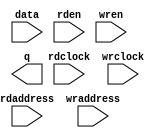
// This program was cloned from: https://github.com/drandyhaas/Haasoscope
// License: MIT License

// megafunction wizard: %RAM: 2-PORT%VBB%
// GENERATION: STANDARD
// VERSION: WM1.0
// MODULE: altsyncram 

// ============================================================
// Megafunction Name(s):
// 			altsyncram
//
// Simulation Library Files(s):
// 			altera_mf
// ============================================================
// ************************************************************
// THIS IS A WIZARD-GENERATED FILE. DO NOT EDIT THIS FILE!
//
// 18.0.0 Build 614 04/24/2018 SJ Lite Edition
// ************************************************************

//Copyright (C) 2018  Intel Corporation. All rights reserved.
//Your use of Intel Corporation's design tools, logic functions 
//and other software and tools, and its AMPP partner logic 
//functions, and any output files from any of the foregoing 
//(including device programming or simulation files), and any 
//associated documentation or information are expressly subject 
//to the terms and conditions of the Intel Program License 
//Subscription Agreement, the Intel Quartus Prime License Agreement,
//the Intel FPGA IP License Agreement, or other applicable license
//agreement, including, without limitation, that your use is for
//the sole purpose of programming logic devices manufactured by
//Intel and sold by Intel or its authorized distributors.  Please
//refer to the applicable agreement for further details.

module lp_ram_dp_2 (
	data,
	rdaddress,
	rdclock,
	rden,
	wraddress,
	wrclock,
	wren,
	q);

	input	[4:0]  data;
	input	[12:0]  rdaddress;
	input	  rdclock;
	input	  rden;
	input	[12:0]  wraddress;
	input	  wrclock;
	input	  wren;
	output	[4:0]  q;
`ifndef ALTERA_RESERVED_QIS
// synopsys translate_off
`endif
	tri1	  rden;
	tri1	  wrclock;
	tri0	  wren;
`ifndef ALTERA_RESERVED_QIS
// synopsys translate_on
`endif

endmodule

// ============================================================
// CNX file retrieval info
// ============================================================
// Retrieval info: PRIVATE: ADDRESSSTALL_A NUMERIC "0"
// Retrieval info: PRIVATE: ADDRESSSTALL_B NUMERIC "0"
// Retrieval info: PRIVATE: BYTEENA_ACLR_A NUMERIC "0"
// Retrieval info: PRIVATE: BYTEENA_ACLR_B NUMERIC "0"
// Retrieval info: PRIVATE: BYTE_ENABLE_A NUMERIC "0"
// Retrieval info: PRIVATE: BYTE_ENABLE_B NUMERIC "0"
// Retrieval info: PRIVATE: BYTE_SIZE NUMERIC "8"
// Retrieval info: PRIVATE: BlankMemory NUMERIC "1"
// Retrieval info: PRIVATE: CLOCK_ENABLE_INPUT_A NUMERIC "0"
// Retrieval info: PRIVATE: CLOCK_ENABLE_INPUT_B NUMERIC "0"
// Retrieval info: PRIVATE: CLOCK_ENABLE_OUTPUT_A NUMERIC "0"
// Retrieval info: PRIVATE: CLOCK_ENABLE_OUTPUT_B NUMERIC "0"
// Retrieval info: PRIVATE: CLRdata NUMERIC "0"
// Retrieval info: PRIVATE: CLRq NUMERIC "0"
// Retrieval info: PRIVATE: CLRrdaddress NUMERIC "0"
// Retrieval info: PRIVATE: CLRrren NUMERIC "0"
// Retrieval info: PRIVATE: CLRwraddress NUMERIC "0"
// Retrieval info: PRIVATE: CLRwren NUMERIC "0"
// Retrieval info: PRIVATE: Clock NUMERIC "1"
// Retrieval info: PRIVATE: Clock_A NUMERIC "0"
// Retrieval info: PRIVATE: Clock_B NUMERIC "0"
// Retrieval info: PRIVATE: IMPLEMENT_IN_LES NUMERIC "0"
// Retrieval info: PRIVATE: INDATA_ACLR_B NUMERIC "0"
// Retrieval info: PRIVATE: INDATA_REG_B NUMERIC "0"
// Retrieval info: PRIVATE: INIT_FILE_LAYOUT STRING "PORT_B"
// Retrieval info: PRIVATE: INIT_TO_SIM_X NUMERIC "0"
// Retrieval info: PRIVATE: INTENDED_DEVICE_FAMILY STRING "MAX 10"
// Retrieval info: PRIVATE: JTAG_ENABLED NUMERIC "0"
// Retrieval info: PRIVATE: JTAG_ID STRING "NONE"
// Retrieval info: PRIVATE: MAXIMUM_DEPTH NUMERIC "0"
// Retrieval info: PRIVATE: MEMSIZE NUMERIC "40960"
// Retrieval info: PRIVATE: MEM_IN_BITS NUMERIC "0"
// Retrieval info: PRIVATE: MIFfilename STRING ""
// Retrieval info: PRIVATE: OPERATION_MODE NUMERIC "2"
// Retrieval info: PRIVATE: OUTDATA_ACLR_B NUMERIC "0"
// Retrieval info: PRIVATE: OUTDATA_REG_B NUMERIC "1"
// Retrieval info: PRIVATE: RAM_BLOCK_TYPE NUMERIC "0"
// Retrieval info: PRIVATE: READ_DURING_WRITE_MODE_MIXED_PORTS NUMERIC "2"
// Retrieval info: PRIVATE: READ_DURING_WRITE_MODE_PORT_A NUMERIC "3"
// Retrieval info: PRIVATE: READ_DURING_WRITE_MODE_PORT_B NUMERIC "3"
// Retrieval info: PRIVATE: REGdata NUMERIC "1"
// Retrieval info: PRIVATE: REGq NUMERIC "0"
// Retrieval info: PRIVATE: REGrdaddress NUMERIC "1"
// Retrieval info: PRIVATE: REGrren NUMERIC "1"
// Retrieval info: PRIVATE: REGwraddress NUMERIC "1"
// Retrieval info: PRIVATE: REGwren NUMERIC "1"
// Retrieval info: PRIVATE: SYNTH_WRAPPER_GEN_POSTFIX STRING "0"
// Retrieval info: PRIVATE: USE_DIFF_CLKEN NUMERIC "0"
// Retrieval info: PRIVATE: UseDPRAM NUMERIC "1"
// Retrieval info: PRIVATE: VarWidth NUMERIC "0"
// Retrieval info: PRIVATE: WIDTH_READ_A NUMERIC "5"
// Retrieval info: PRIVATE: WIDTH_READ_B NUMERIC "5"
// Retrieval info: PRIVATE: WIDTH_WRITE_A NUMERIC "5"
// Retrieval info: PRIVATE: WIDTH_WRITE_B NUMERIC "5"
// Retrieval info: PRIVATE: WRADDR_ACLR_B NUMERIC "0"
// Retrieval info: PRIVATE: WRADDR_REG_B NUMERIC "0"
// Retrieval info: PRIVATE: WRCTRL_ACLR_B NUMERIC "0"
// Retrieval info: PRIVATE: enable NUMERIC "0"
// Retrieval info: PRIVATE: rden NUMERIC "1"
// Retrieval info: LIBRARY: altera_mf altera_mf.altera_mf_components.all
// Retrieval info: CONSTANT: ADDRESS_ACLR_B STRING "NONE"
// Retrieval info: CONSTANT: ADDRESS_REG_B STRING "CLOCK1"
// Retrieval info: CONSTANT: CLOCK_ENABLE_INPUT_A STRING "BYPASS"
// Retrieval info: CONSTANT: CLOCK_ENABLE_INPUT_B STRING "BYPASS"
// Retrieval info: CONSTANT: CLOCK_ENABLE_OUTPUT_B STRING "BYPASS"
// Retrieval info: CONSTANT: INTENDED_DEVICE_FAMILY STRING "MAX 10"
// Retrieval info: CONSTANT: LPM_TYPE STRING "altsyncram"
// Retrieval info: CONSTANT: NUMWORDS_A NUMERIC "8192"
// Retrieval info: CONSTANT: NUMWORDS_B NUMERIC "8192"
// Retrieval info: CONSTANT: OPERATION_MODE STRING "DUAL_PORT"
// Retrieval info: CONSTANT: OUTDATA_ACLR_B STRING "NONE"
// Retrieval info: CONSTANT: OUTDATA_REG_B STRING "CLOCK1"
// Retrieval info: CONSTANT: POWER_UP_UNINITIALIZED STRING "FALSE"
// Retrieval info: CONSTANT: RDCONTROL_REG_B STRING "CLOCK1"
// Retrieval info: CONSTANT: WIDTHAD_A NUMERIC "13"
// Retrieval info: CONSTANT: WIDTHAD_B NUMERIC "13"
// Retrieval info: CONSTANT: WIDTH_A NUMERIC "5"
// Retrieval info: CONSTANT: WIDTH_B NUMERIC "5"
// Retrieval info: CONSTANT: WIDTH_BYTEENA_A NUMERIC "1"
// Retrieval info: USED_PORT: data 0 0 5 0 INPUT NODEFVAL "data[4..0]"
// Retrieval info: USED_PORT: q 0 0 5 0 OUTPUT NODEFVAL "q[4..0]"
// Retrieval info: USED_PORT: rdaddress 0 0 13 0 INPUT NODEFVAL "rdaddress[12..0]"
// Retrieval info: USED_PORT: rdclock 0 0 0 0 INPUT NODEFVAL "rdclock"
// Retrieval info: USED_PORT: rden 0 0 0 0 INPUT VCC "rden"
// Retrieval info: USED_PORT: wraddress 0 0 13 0 INPUT NODEFVAL "wraddress[12..0]"
// Retrieval info: USED_PORT: wrclock 0 0 0 0 INPUT VCC "wrclock"
// Retrieval info: USED_PORT: wren 0 0 0 0 INPUT GND "wren"
// Retrieval info: CONNECT: @address_a 0 0 13 0 wraddress 0 0 13 0
// Retrieval info: CONNECT: @address_b 0 0 13 0 rdaddress 0 0 13 0
// Retrieval info: CONNECT: @clock0 0 0 0 0 wrclock 0 0 0 0
// Retrieval info: CONNECT: @clock1 0 0 0 0 rdclock 0 0 0 0
// Retrieval info: CONNECT: @data_a 0 0 5 0 data 0 0 5 0
// Retrieval info: CONNECT: @rden_b 0 0 0 0 rden 0 0 0 0
// Retrieval info: CONNECT: @wren_a 0 0 0 0 wren 0 0 0 0
// Retrieval info: CONNECT: q 0 0 5 0 @q_b 0 0 5 0
// Retrieval info: GEN_FILE: TYPE_NORMAL lp_ram_dp_2.v TRUE
// Retrieval info: GEN_FILE: TYPE_NORMAL lp_ram_dp_2.inc FALSE
// Retrieval info: GEN_FILE: TYPE_NORMAL lp_ram_dp_2.cmp FALSE
// Retrieval info: GEN_FILE: TYPE_NORMAL lp_ram_dp_2.bsf TRUE
// Retrieval info: GEN_FILE: TYPE_NORMAL lp_ram_dp_2_inst.v TRUE
// Retrieval info: GEN_FILE: TYPE_NORMAL lp_ram_dp_2_bb.v TRUE
// Retrieval info: LIB_FILE: altera_mf